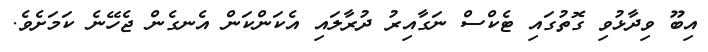
އިބޫ ވިދާޅުވި ގޮތުގައި ޓެކްސް ނަގާއިރު ދުރާލައި އެކަންކަން އެނގެން ޖެހޭނެ ކަމަށެވެ.